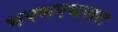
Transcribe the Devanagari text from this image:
भरभरभराट